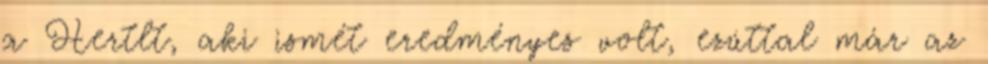
a Hertlt, aki ismét eredményes volt, ezúttal már az